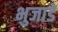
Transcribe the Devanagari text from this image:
भुजाडे